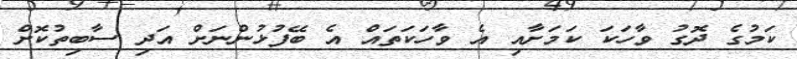
ކަމުގެ ދޮގު ވާހަކަ ކަމަށާއި އެ ވާހަކަތައް އެ ބޭފުޅުންނަށް އަދި ސާބިތުކޮށް